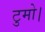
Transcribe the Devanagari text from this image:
टुमो।